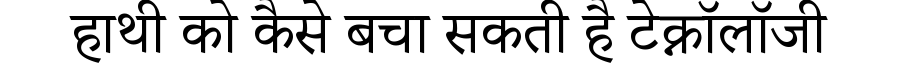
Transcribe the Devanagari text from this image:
हाथी को कैसे बचा सकती है टेक्नॉलॉजी